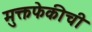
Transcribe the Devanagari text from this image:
मुक्तफेकीची